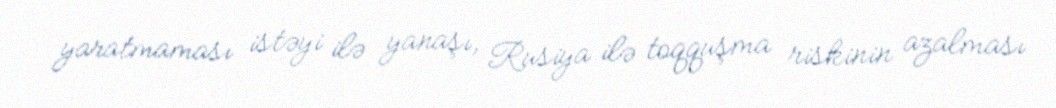
yaratmaması istəyi ilə yanaşı, Rusiya ilə toqquşma riskinin azalması